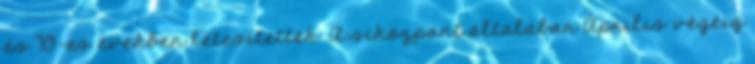
és 70-es években létesítették. A síközpont általában Április végéig